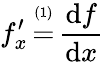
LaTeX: f_{x}^{\prime}\, {\overset{\underset{\mathrm{(1)}}{}}{=}}\, {\frac{\operatorname{d}\! f}{\operatorname{d}\! x}}